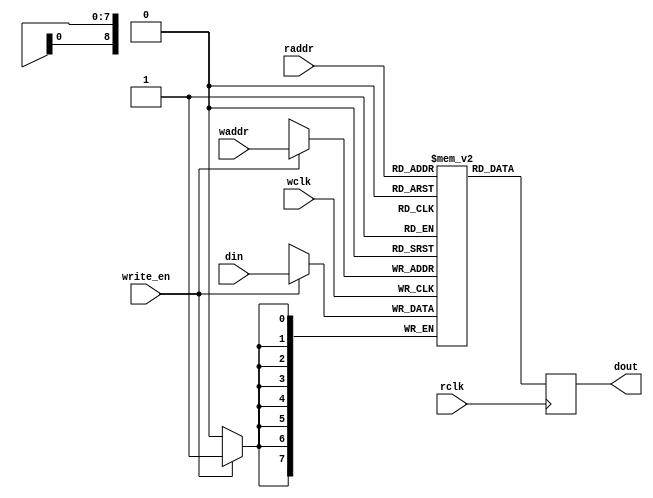
module ram (din, write_en, waddr, wclk, raddr, rclk, dout);//512x8
	parameter addr_width = 9;
	parameter data_width = 8;
	input [addr_width-1:0] waddr, raddr;
	input [data_width-1:0] din;
	input write_en, wclk, rclk;
	
	output reg [data_width-1:0] dout;
	
	reg [data_width-1:0] mem [(1<<addr_width)-1:0];
	
	always @(posedge wclk) // Write memory.
	begin
		if (write_en)
			mem[waddr] <= din; // Using write address bus.
	end
	always @(negedge rclk) // Read memory.
	begin
		dout <= mem[raddr]; // Using read address bus.
	end
endmodule